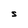
Character: S